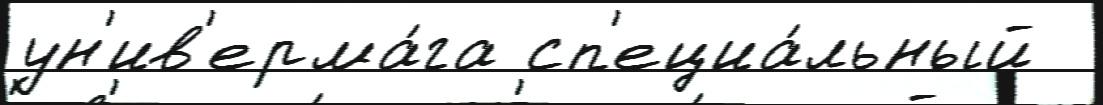
ун'ив'ерма́га сп'ециа́льный